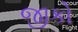
જીકો